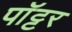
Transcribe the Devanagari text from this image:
पॉट्टर